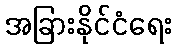
အခြားနိုင်ငံရေး